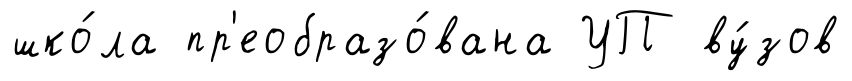
шко́ла пр'еобразо́вана УП ву́зов